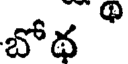
బోథ "